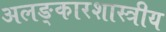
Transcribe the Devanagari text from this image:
अलङ्कारशास्त्रीय